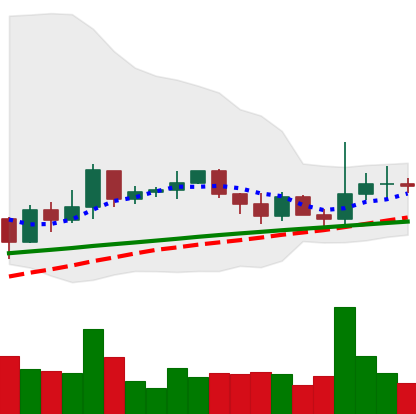
Ticker: XRP-USD
Chart end date: 2021-03-19
Forward return: 3.749%
Label: up_3_5